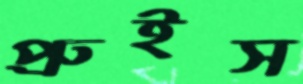
প্রুইস